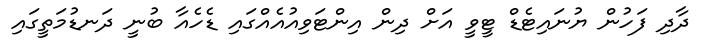
ދާދި ފަހުން ޔުނައިޓެޑް ޓީވީ އަށް ދިން އިންޓަވިއުއެއްގައި ޑެހެއާ ބުނީ ދަނޑުމަތީގައި